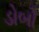
ડોબો